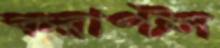
করাপ্টস